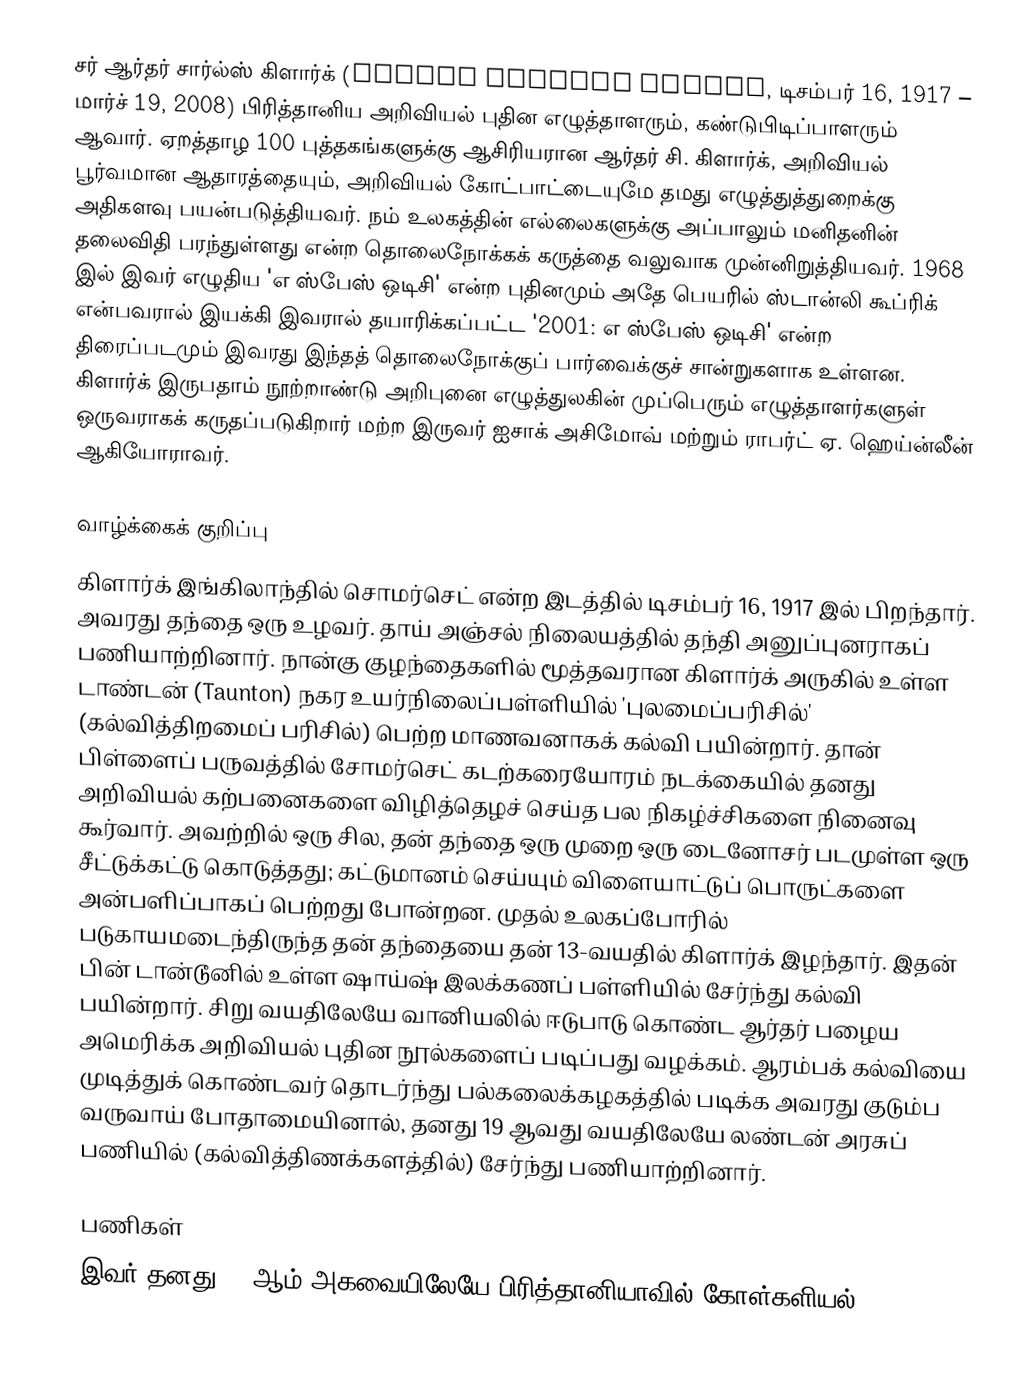
சர் ஆர்தர் சார்ல்ஸ் கிளார்க் (Arthur Charles Clarke, டிசம்பர் 16, 1917 – மார்ச் 19, 2008) பிரித்தானிய அறிவியல் புதின எழுத்தாளரும், கண்டுபிடிப்பாளரும் ஆவார். ஏறத்தாழ 100 புத்தகங்களுக்கு ஆசிரியரான ஆர்தர் சி. கிளார்க், அறிவியல் பூர்வமான ஆதாரத்தையும், அறிவியல் கோட்பாட்டையுமே தமது எழுத்துத்துறைக்கு அதிகளவு பயன்படுத்தியவர். நம் உலகத்தின் எல்லைகளுக்கு அப்பாலும் மனிதனின் தலைவிதி பரந்துள்ளது என்ற தொலைநோக்கக் கருத்தை வலுவாக முன்னிறுத்தியவர். 1968 இல் இவர் எழுதிய 'எ ஸ்பேஸ் ஒடிசி' என்ற புதினமும் அதே பெயரில் ஸ்டான்லி கூப்ரிக் என்பவரால் இயக்கி இவரால் தயாரிக்கப்பட்ட '2001: எ ஸ்பேஸ் ஒடிசி' என்ற திரைப்படமும் இவரது இந்தத் தொலைநோக்குப் பார்வைக்குச் சான்றுகளாக உள்ளன. கிளார்க் இருபதாம் நூற்றாண்டு அறிபுனை எழுத்துலகின் முப்பெரும் எழுத்தாளர்களுள் ஒருவராகக் கருதப்படுகிறார்  மற்ற இருவர் ஐசாக் அசிமோவ் மற்றும் ராபர்ட் ஏ. ஹெய்ன்லீன் ஆகியோராவர்.

வாழ்க்கைக் குறிப்பு
கிளார்க் இங்கிலாந்தில் சொமர்செட் என்ற இடத்தில் டிசம்பர் 16, 1917 இல் பிறந்தார். அவரது தந்தை ஒரு உழவர். தாய் அஞ்சல் நிலையத்தில் தந்தி அனுப்புனராகப் பணியாற்றினார். நான்கு குழந்தைகளில் மூத்தவரான கிளார்க் அருகில் உள்ள டாண்டன் (Taunton) நகர உயர்நிலைப்பள்ளியில் 'புலமைப்பரிசில்' (கல்வித்திறமைப் பரிசில்) பெற்ற மாணவனாகக் கல்வி பயின்றார். தான் பிள்ளைப் பருவத்தில் சோமர்செட் கடற்கரையோரம் நடக்கையில் தனது அறிவியல் கற்பனைகளை விழித்தெழச் செய்த பல நிகழ்ச்சிகளை நினைவு கூர்வார். அவற்றில் ஒரு சில, தன் தந்தை ஒரு முறை ஒரு டைனோசர் படமுள்ள ஒரு சீட்டுக்கட்டு கொடுத்தது; கட்டுமானம் செய்யும் விளையாட்டுப் பொருட்களை அன்பளிப்பாகப் பெற்றது போன்றன. முதல் உலகப்போரில் படுகாயமடைந்திருந்த தன் தந்தையை தன் 13-வயதில் கிளார்க் இழந்தார். இதன் பின் டான்டூனில் உள்ள ஷாய்ஷ் இலக்கணப் பள்ளியில் சேர்ந்து கல்வி பயின்றார். சிறு வயதிலேயே வானியலில் ஈடுபாடு கொண்ட ஆர்தர் பழைய அமெரிக்க அறிவியல் புதின நூல்களைப் படிப்பது வழக்கம். ஆரம்பக் கல்வியை முடித்துக் கொண்டவர் தொடர்ந்து பல்கலைக்கழகத்தில் படிக்க அவரது குடும்ப வருவாய் போதாமையினால்,  தனது 19 ஆவது வயதிலேயே லண்டன் அரசுப் பணியில் (கல்வித்திணக்களத்தில்) சேர்ந்து  பணியாற்றினார்.

பணிகள்
இவர் தனது 17-ஆம் அகவையிலேயே பிரித்தானியாவில் கோள்களியல்